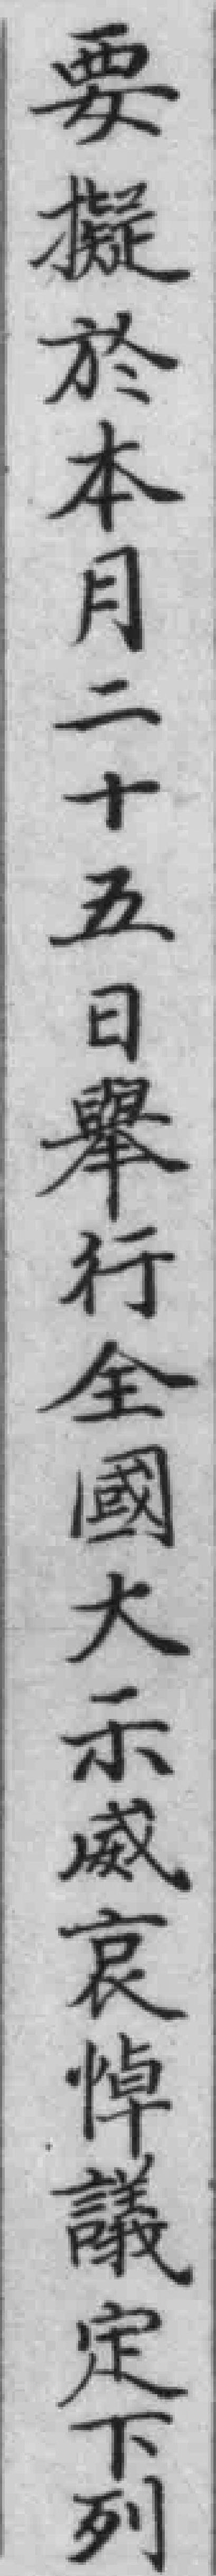
要擬於本月二十五日舉行全國大示威哀悼議定下列